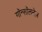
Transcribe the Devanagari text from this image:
गॉन्सॉलनेज़